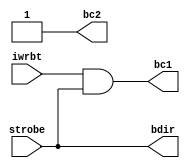
//      

module bk_ay_orig(strobe, iwrbt, bc1, bc2, bdir);

input strobe, iwrbt;
output bc1, bc2, bdir;

parameter li1_delay = 20; //  5551, 

assign bc2 = 1;
assign bdir = strobe;
assign #(li1_delay) bc1 = (iwrbt & strobe);

endmodule

module cmd_ay_orig(strobe, iwrbt, dout, ay_inact, ay_laddr, ay_wrpsg, ay_rdpsg);

input strobe, iwrbt, dout;
output ay_inact, ay_laddr, ay_wrpsg, ay_rdpsg;

wire bc1, bc2, bdir;

bk_ay_orig bk_AY (
	.strobe(strobe),
	.iwrbt(iwrbt),
	.bc1(bc1),
	.bc2(bc2),
	.bdir(bdir)
);

assign ay_inact = (~bdir & ~bc1) | (bdir & ~bc2 & bc1);
assign ay_laddr = (~bdir & ~bc2 & bc1) | (bdir & ((~bc2 & ~bc1) | (bc2 & bc1)));
assign ay_wrpsg = bdir & bc2 & ~bc1;
assign ay_rdpsg = ~bdir & bc2 & bc1;

endmodule